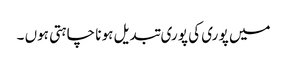
میں پو ری کی پو ری تبدیل ہو نا چاہتی ہوں ۔